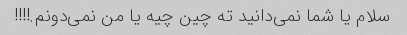
سلام یا شما نمی‌دانید ته چین چیه یا من نمی‌دونم.!!!!